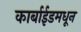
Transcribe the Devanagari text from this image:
कार्बाईडमधून